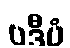
ပဒီပံ